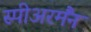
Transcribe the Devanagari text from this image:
स्पीअरमैंन